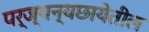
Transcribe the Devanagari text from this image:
पर्ज्यन्यछायेतील